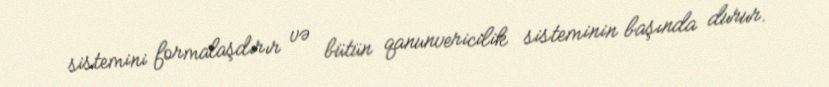
sistemini formalaşdırır və bütün qanunvericilik sisteminin başında durur.